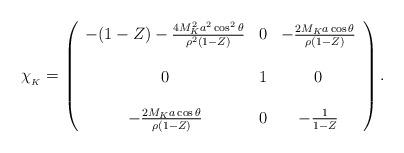
LaTeX: \begin{align*}\chi_{_K} = \left(\begin{array}{ccc}-(1-Z)-{4M_K^2a^2\cos^2\theta\over\rho^2(1-Z)} & 0 & -{2M_Ka\cos\theta\over\rho(1-Z)}\\ & & \\0 & 1 & 0 \\ & & \\-{2M_Ka\cos\theta\over\rho (1-Z)} & 0 & -{1\over 1-Z}\end{array}\right).\end{align*}